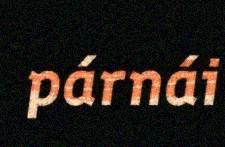
párnái